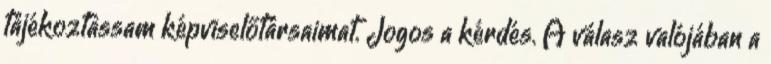
tájékoztassam képviselőtársaimat. Jogos a kérdés. A válasz valójában a